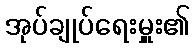
အုပ်ချုပ်ရေးမှူး၏